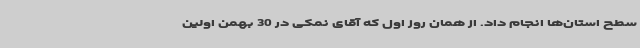
سطح استان‌ها انجام داد. از همان روز اول که آقای نمکی در 30 بهمن اولین